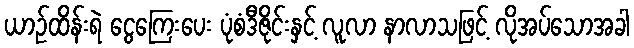
ယာဉ်ထိန်းရဲ ငွေကြေးပေး ပုံစံဒီဇိုင်းနှင့် လူလာ နာလာသဖြင့် လိုအပ်သောအခါ